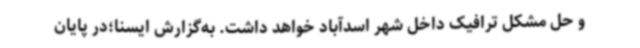
و حل مشکل ترافیک داخل شهر اسدآباد خواهد داشت. به‌گزارش ایسنا؛در پایان